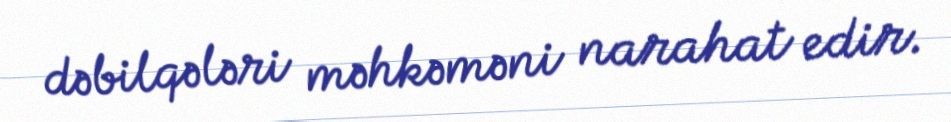
dəbilqələri məhkəməni narahat edir.